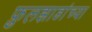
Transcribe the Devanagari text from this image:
फ़ुलझाडांच्या